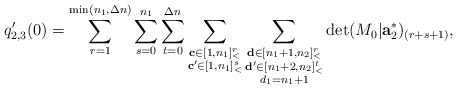
\begin{align*}q_{2,3}'(0)=\sum\limits_{r=1}^{\min(n_1,\Delta n)}\sum\limits_{s=0}^{n_1}\sum\limits_{t=0}^{\Delta n}\sum\limits_{\substack{\mathbf{c}\in [1,n_1]_<^r\\\mathbf{c'}\in [1,n_1]_<^s}}\sum\limits_{\substack{\mathbf{d}\in [n_1+1,n_2]_<^r\\\mathbf{d'}\in [n_1+2,n_2]_<^t\\d_1=n_1+1}}\det (M_0|\mathbf{a}_2^\ast)_{(r+s+1)},\end{align*}